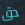
دق